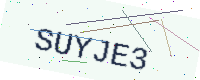
Text: SUYJE3